Civil Veterinary Dept. Bombay admin report 1914-1922 - 1914-1922
Year: 1914
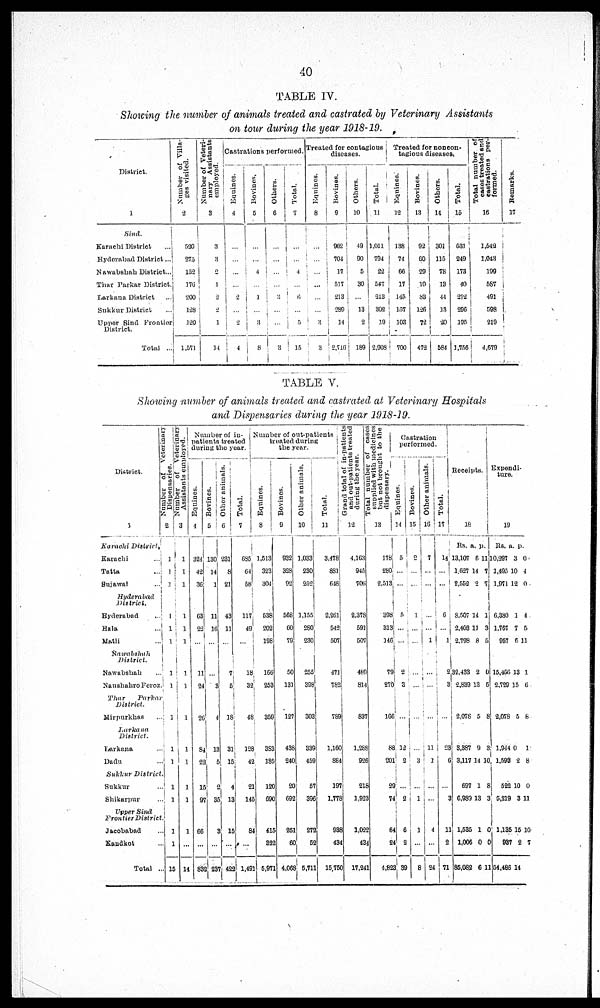
40
TABLE IV.
Showing the number of animals treated and castrated by Veterinary Assistants
on tour during the year 1918-19.
District.
1
Sind.
Karachi District …
Hyderabad District …
Nawabshah District …
Thar Parkar District
Larkana District …
Sukkur District …
Upper Sind Frontier
District.
Total …
Number of Villa-
ges visited.
2
520
275
152
176
200
128
120
1,571
Number of Veteri-
nary Assistants
employed.
3
3
3
2
1
2
2
1
14
Castrations performed,
Equines.
4
...
...
...
...
2
...
2
4
Bovines.
5
...
...
4
...
1
...
3
8
Others.
6
...
...
...
…
2
...
...
8
Total.
7
...
...
4
...
6
...
5
15
Treated for contagious
discases.
Equines.
8
...
...
…
...
...
...
...
3
Bovines.
9
962
704
17
517
213
289
14
2,716
Others.
10
49
90
5
30
…
13
2
189
Total.
11
1,011
704
22
547
313
302
19
2.908
Treated for noncon-
tagious diseases,
Equines.
12
138
74
66
17
145
157
103
700
Bovines.
13
92
60
29
10
88
126
72
472
Others.
14
301
115
78
18
44
13
20
584
Total.
15
531
849
173
40
272
296
105
1,756
Total number of
eases treated and
castrations per-
formed.
16
1,642
1,043
199
587
491
598
219
4,679
Remarks.
17
TABLE V.
Showing number of animals treated and castrated at Veterinary Hospitals
and Dispensaries during the year 1918-19.
District.
1
Karachi District.
Karachi ...
Tatta …
Sujawal …
Hyderabad
District.
Hyderabad …
Bala
Matli …
Nawabshah
District.
Nawabshah …
Nanshahro Feroz
Thar
Parkar
District.
Mirpurkhas …
Larkana
District.
Larkana …
Dadu …
Sukkur
District
Sukkur …
Shikarpur …
Upper Sind
Frontier
District
Jacobabad …
Kandkot …
Total …
Number
of veterinary
Dispensaries.
2
1
1
1
1
1
1
1
1
1
1
1
1
1
15
Number of Veterinary
Assistants employed.
3
1
1
1
1
1
1
1
1
1
1
1
1
1
1
...
14
Number of in-
patients treated
during the year.
Equines.
4
324
42
36
63
22
...
11
24
26
84
22
15
97
66
...
832
Bovines.
5
130
14
1
11
16
...
...
3
4
13
5
2
35
3
...
237
Other animals.
6
231
8
21
43
11
...
7
5
18
31
15
4
13
15
…
422
Total.
7
685
64
58
117
49
...
18
32
48
128
42
21
145
84
...
1,491
Number of out-patients
treated during
the year.
Equines.
8
1,513
323
304
538
202
198
166
253
359
383
185
120
690
415
822
5,971
Bovines.
9
932
328
92
568
60
79
50
131
127
438
240
20
692
252
60
4,068
Other animals.
10
1,033
230
262
1,155
280
230
255
398
303
339
459
57
396
272
52
5,711
Total.
11
3,478
881
648
2,261
542
507
471
782
789
1,160
864
197
1,778
938
434
15,750
Grand total of in-patients
and out-patients treated
during the year.
12
4,163
945
706
2,378
591
607
480
814
837
1,288
926
218
1,928
1,022
434
17,241
supplied with medicines
but not brought to the
dispensary.
13
178
280
2,513
398
813
146
79
270
166
88
201
29
74
64
24
4,823
Castration
performed.
Equines.
14
5
...
...
5
...
...
2
3
...
12
2
...
2
6
2
39
Bovines.
15
2
...
...
1
...
...
...
...
...
…
3
…
1
1
...
8
Other animals.
16
7
...
...
...
...
1
...
...
...
11
1
...
...
4
...
24
Total.
14
...
...
6
1
2
3
...
23
6
...
3
11
2
71
Receipts.
18
Rs.
13,107
1,627
2,552
8,507
2,403
2,798
32,433
2,839
2,078
3,887
3,117
697
6,939
1,535
1,006
86,062
a.
6
14
2
14
11
8
2
13
5
9
14
1
13
1
0
6
p.
11
7
7
1
3
5
0
5
8
3
10
8
3
0
0
11
Expendi-
ture.
19
Rs.
10,297
1,495
1,971
6,380
1,767
957
15,456
2,729
2,078
1,944
1,598
522
5,219
1,135
937
64,486
a.
3
10
12
1
7
6
13
15
5
0
2
10
3
15
2
14
p.
0
4
0
4
6
11
1
6
8
1
8
0
11
10
7